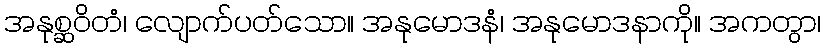
အနုစ္ဆဝိတံ၊ လျောက်ပတ်သော။ အနုမောဒနံ၊ အနုမောဒနာကို။ အကတွာ၊